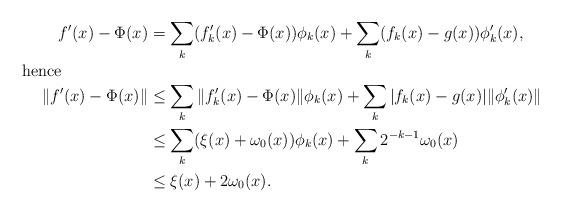
LaTeX: \begin{align*}f'(x)-\Phi(x)&= \sum_k (f_k'(x)-\Phi(x))\phi_k(x)+ \sum_k (f_k(x)-g(x))\phi_k'(x),\\\shortintertext{hence}\|f'(x)-\Phi(x)\|&\le \sum_k \|f_k'(x)-\Phi(x)\|\phi_k(x)+ \sum_k |f_k(x)-g(x)|\|\phi_k'(x)\|\\&\le \sum_k (\xi(x)+\omega_0(x))\phi_k(x)+\sum_k 2^{-k-1}\omega_0(x)\\&\le \xi(x)+2\omega_0(x).\end{align*}